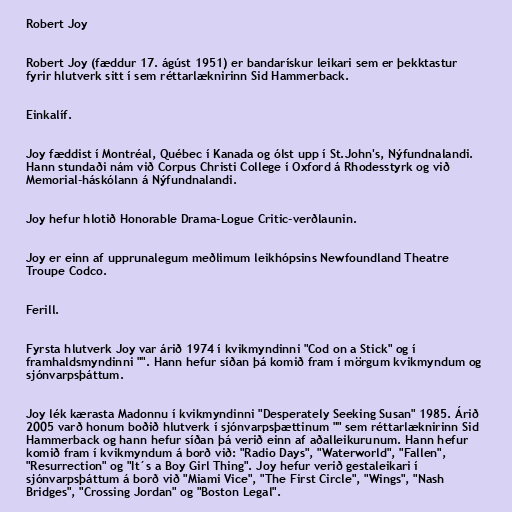
Robert Joy

Robert Joy (fæddur 17. ágúst 1951) er bandarískur leikari sem er þekktastur
fyrir hlutverk sitt í sem réttarlæknirinn Sid Hammerback.

Einkalíf.

Joy fæddist í Montréal, Québec í Kanada og ólst upp í St.John's, Nýfundnalandi.
Hann stundaði nám við Corpus Christi College í Oxford á Rhodesstyrk og við
Memorial-háskólann á Nýfundnalandi.

Joy hefur hlotið Honorable Drama-Logue Critic-verðlaunin.

Joy er einn af upprunalegum meðlimum leikhópsins Newfoundland Theatre
Troupe Codco.

Ferill.

Fyrsta hlutverk Joy var árið 1974 í kvikmyndinni "Cod on a Stick" og í
framhaldsmyndinni "". Hann hefur síðan þá komið fram í mörgum kvikmyndum og
sjónvarpsþáttum.

Joy lék kærasta Madonnu í kvikmyndinni "Desperately Seeking Susan" 1985. Árið
2005 varð honum boðið hlutverk í sjónvarpsþættinum "" sem réttarlæknirinn Sid
Hammerback og hann hefur síðan þá verið einn af aðalleikurunum. Hann hefur
komið fram í kvikmyndum á borð við: "Radio Days", "Waterworld", "Fallen",
"Resurrection" og "It´s a Boy Girl Thing". Joy hefur verið gestaleikari í
sjónvarpsþáttum á borð við "Miami Vice", "The First Circle", "Wings", "Nash
Bridges", "Crossing Jordan" og "Boston Legal".